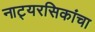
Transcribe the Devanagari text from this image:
नाट्यरसिकांचा